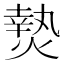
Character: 𭵴